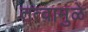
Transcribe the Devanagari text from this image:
तत्वामुळे